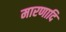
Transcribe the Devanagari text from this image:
मारणादि